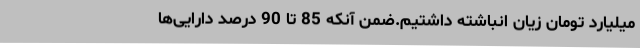
میلیارد تومان زیان انباشته داشتیم.ضمن آنکه 85 تا 90 درصد دارایی‌ها